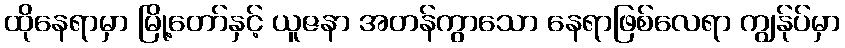
ထိုနေရာမှာ မြို့တော်နှင့် ယူဇနာ အတန်ကွာသော နေရာဖြစ်လေရာ ကျွန်ုပ်မှာ